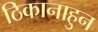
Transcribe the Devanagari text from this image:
ठिकानाहुन